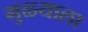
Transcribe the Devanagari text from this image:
मुळ्याला